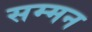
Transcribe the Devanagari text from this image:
सम्‍मन